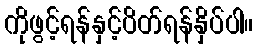
ကိုဖွင့်ရန်နှင့်ပိတ်ရန်နှိပ်ပါ။